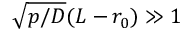
\sqrt { p / D } ( L - r _ { 0 } ) \gg 1